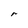
Character: r